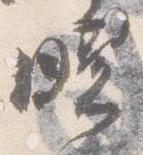
曙